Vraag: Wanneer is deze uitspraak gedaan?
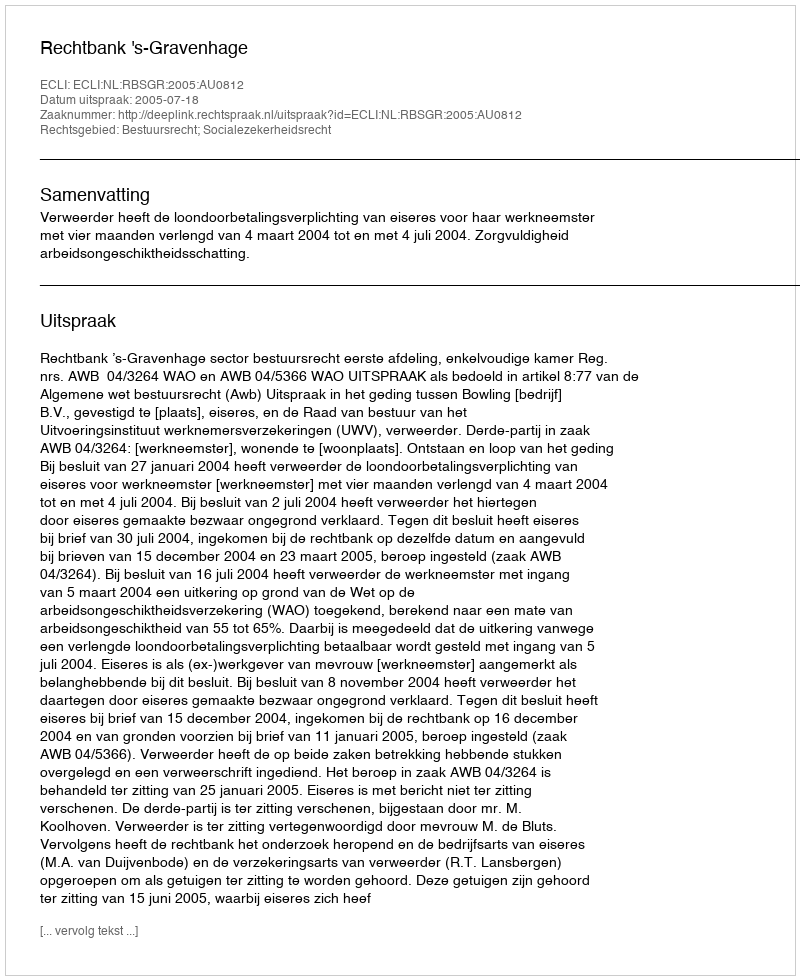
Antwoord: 2005-07-18